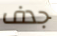
جدف